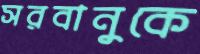
সরবানুকে